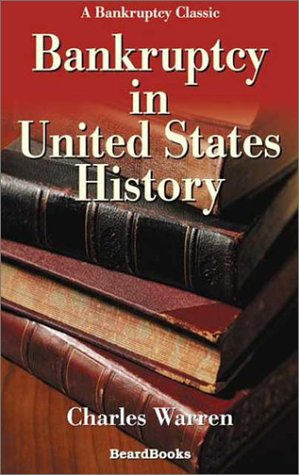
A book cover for Bankruptcy in United States History; Charles Warren; Law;